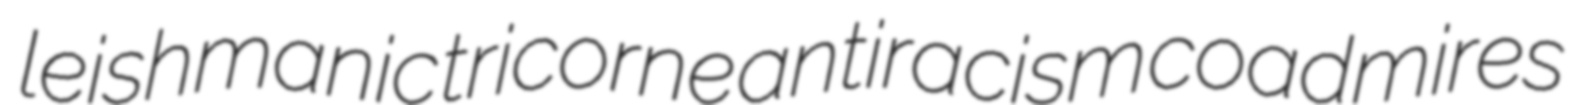
leishmanic tricorne antiracism coadmires